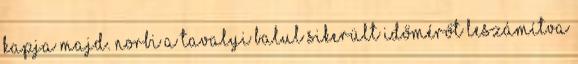
kapja majd. Norbi a tavalyi balul sikerült időmérőt leszámítva